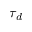
\tau _ { d }